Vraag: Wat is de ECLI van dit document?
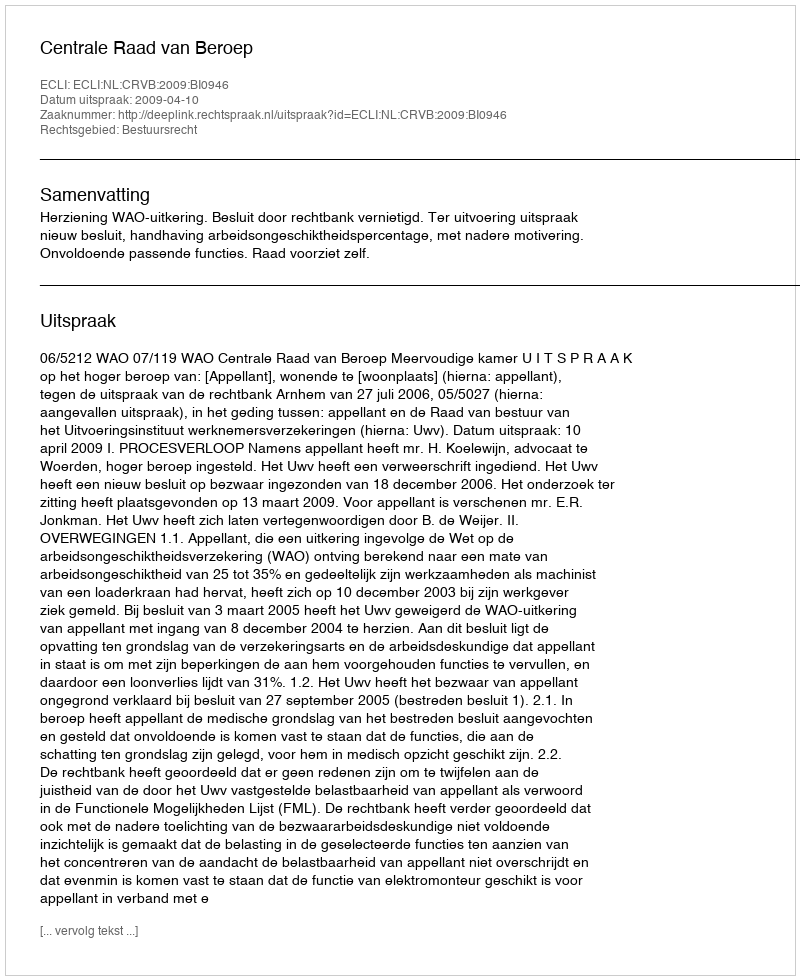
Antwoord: ECLI:NL:CRVB:2009:BI0946